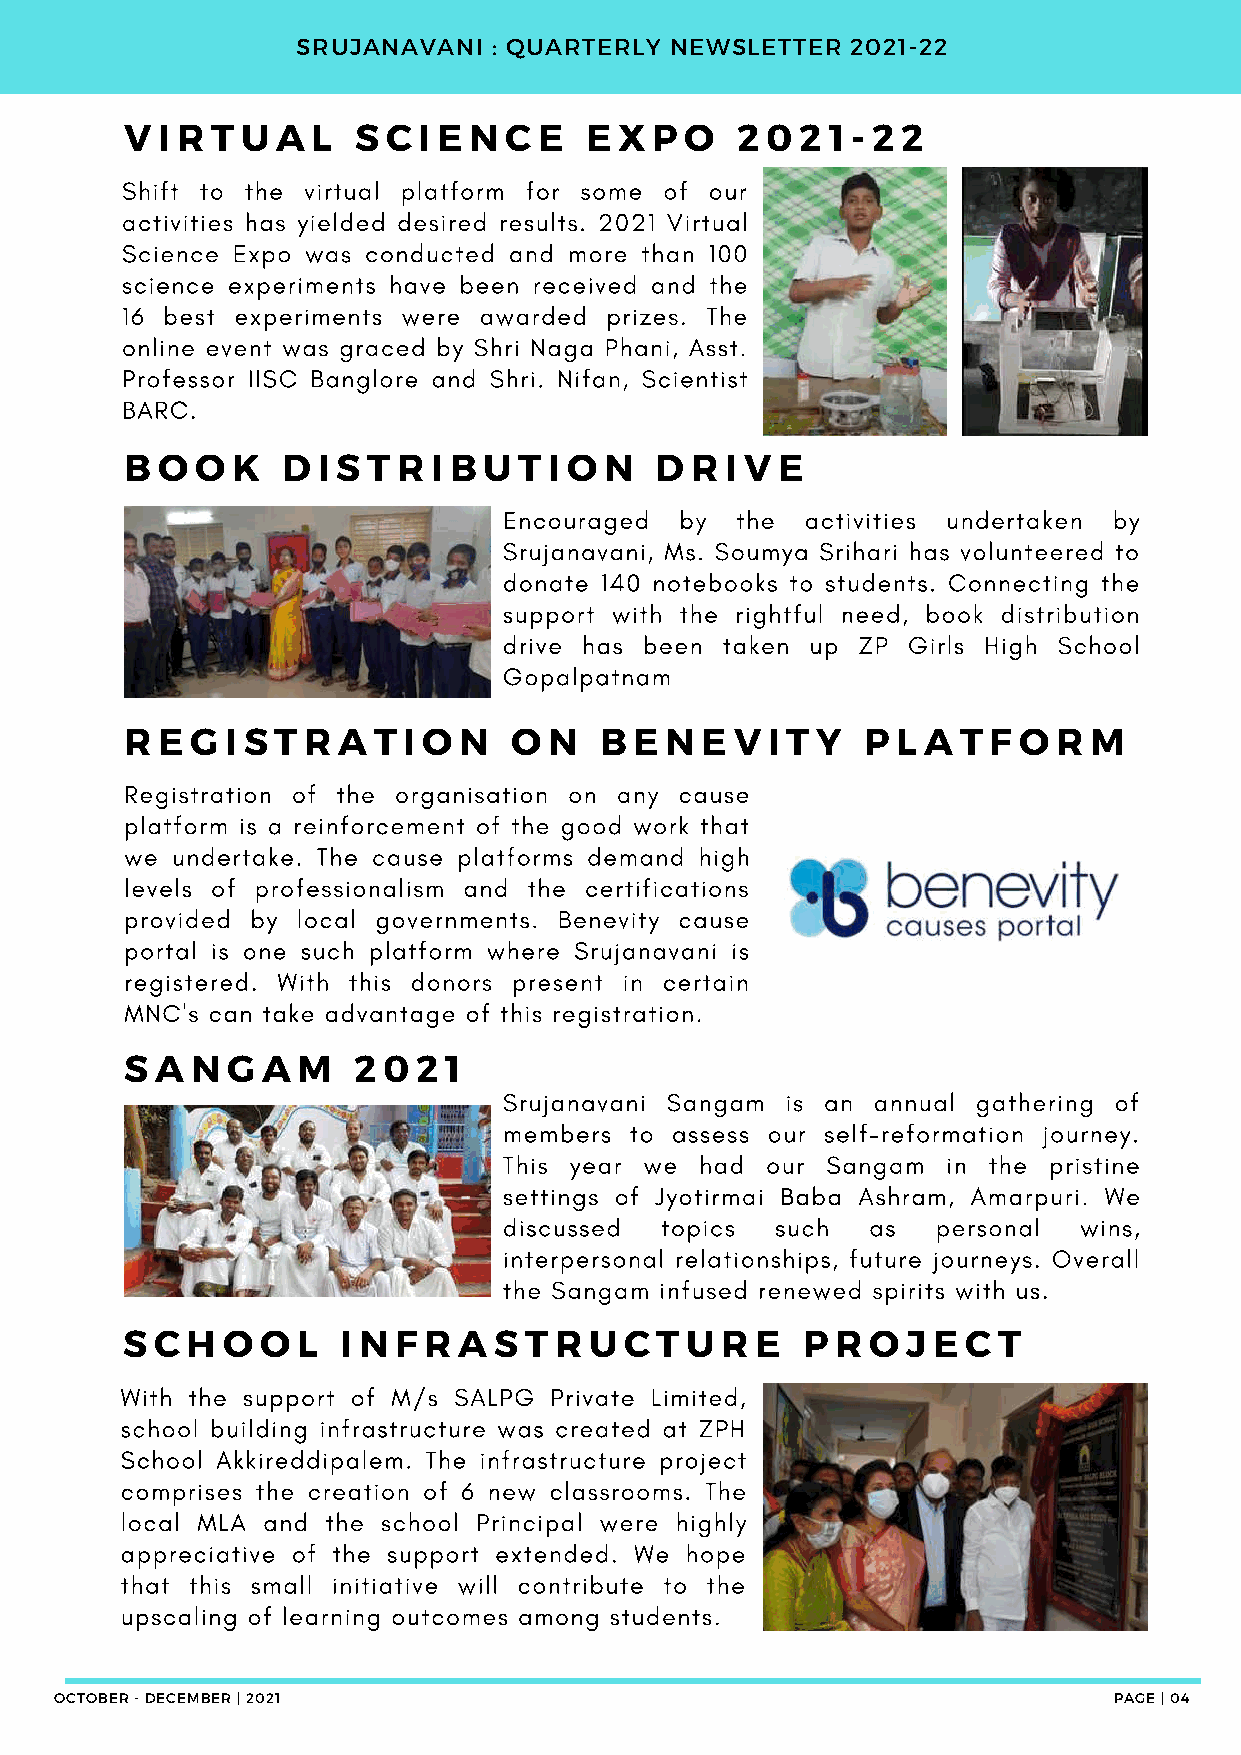
SRUJANAVANI  : QUARTERLY NEWSLETTER 2021-22
 V I R T U A  L S  C I E N C E  E X P O   2 0 2 1 - 2 2
 Shift to the virtual platform for some of our
 activities has yielded desired results. 2021 Virtual
 Science Expo was conducted and more than 100
 science experiments have been received and the
 16 best experiments were awarded prizes. The
 online event was graced by Shri Naga Phani, Asst.
 Professor IISC Banglore and Shri. Nifan, Scientist
 BARC.
 B O  O K   D I S T R I B U T I O N D  R I V E
 Encouraged  by  the activities undertaken by
 Srujanavani, Ms. Soumya Srihari has volunteered to
 donate 140 notebooks to students. Connecting the
 support with the rightful need, book distribution
 drive has been taken up ZP Girls High School
 Gopalpatnam
 R E  G I S T R A T I O N  O N   B E N E  V I T Y P L A  T F O R M
 Registration of the organisation on any cause
 platform is a reinforcement of the good work that
 we undertake. The cause platforms demand high
 levels of professionalism and the certifications
 provided by local governments. Benevity cause
 portal is one such platform where Srujanavani is
 registered. With this donors present in certain
 MNC's can take advantage of this registration.
 S A  N G A  M  2 0  2 1
 Srujanavani Sangam is an annual gathering of
 members  to assess our self-reformation journey.
 This year we had  our Sangam  in the pristine
 settings of Jyotirmai Baba Ashram, Amarpuri. We
 discussed  topics such   as  personal  wins,
 interpersonal relationships, future journeys. Overall
 the Sangam infused renewed spirits with us.
 S C H  O O  L  I N F R A S T R U C T U  R E  P R  O J E C T
 With the support of M/s SALPG Private Limited,
 school building infrastructure was created at ZPH
 School Akkireddipalem. The infrastructure project
 comprises the creation of 6 new classrooms. The
 local MLA and the school Principal were highly
 appreciative of the support extended. We hope
 that this small initiative will contribute to the
 upscaling of learning outcomes among students.
 OCTOBER - DECEMBER | 2021                                             PAGE | 04